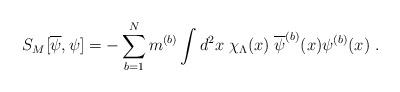
LaTeX: \begin{align*}S_M[\overline{\psi}, \psi] = -\sum_{b=1}^N m^{(b)} \int d^2x \; \chi_\Lambda(x) \;\overline{\psi}^{(b)}(x) \psi^{(b)}(x) \; .\end{align*}